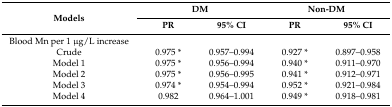
<table><thead><tr><td rowspan="2"><b>Models</b></td><td colspan="2"><b>DM</b></td><td colspan="2"><b>Non-DM</b></td></tr><tr><td><b>PR</b></td><td><b>95% CI</b></td><td><b>PR</b></td><td><b>95% CI</b></td></tr></thead><tbody><tr><td>Blood Mn per 1 μg/L increase</td><td></td><td></td><td></td><td></td></tr><tr><td>Crude</td><td>0.975 *</td><td>0.957–0.994</td><td>0.927 *</td><td>0.897–0.958</td></tr><tr><td>Model 1</td><td>0.975 *</td><td>0.956–0.994</td><td>0.940 *</td><td>0.911–0.970</td></tr><tr><td>Model 2</td><td>0.975 *</td><td>0.956–0.995</td><td>0.941 *</td><td>0.912–0.971</td></tr><tr><td>Model 3</td><td>0.974 *</td><td>0.954–0.994</td><td>0.952 *</td><td>0.921–0.984</td></tr><tr><td>Model 4</td><td>0.982</td><td>0.964–1.001</td><td>0.949 *</td><td>0.918–0.981</td></tr></tbody></table>